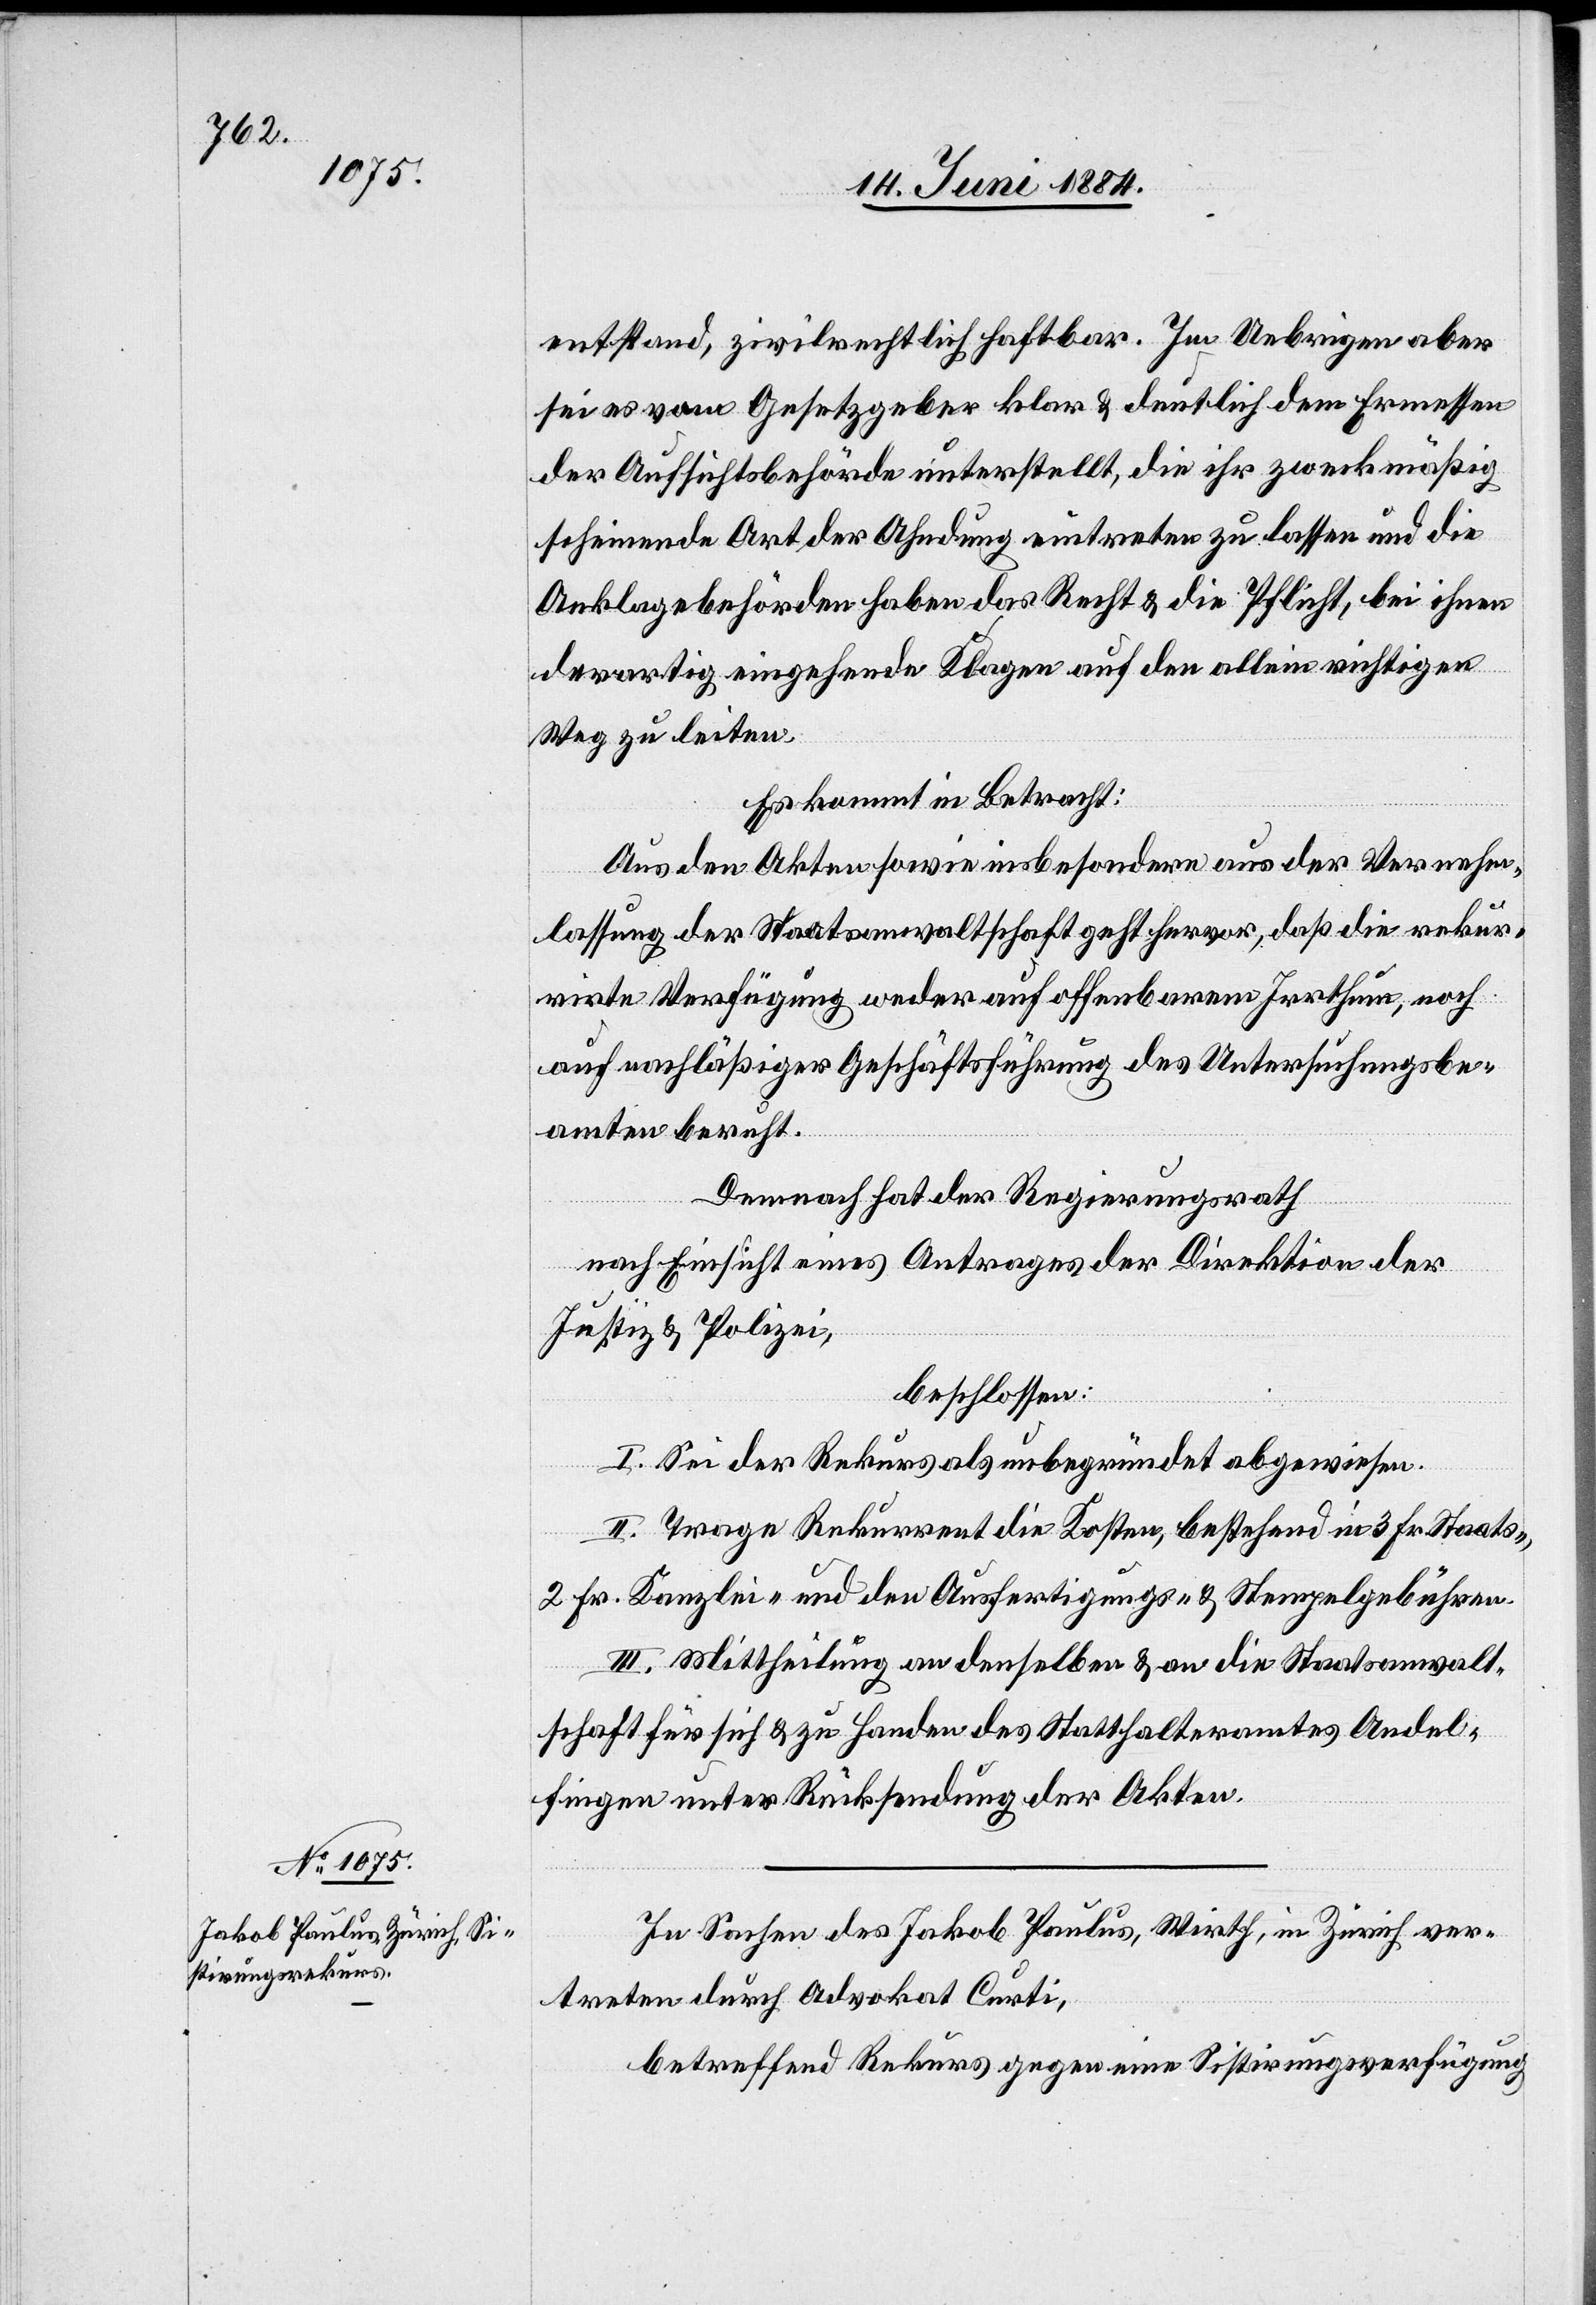
entstand, zivilrechtlich haftbar. Im Uebrigen aber
sei es vom Gesetzgeber klar & deutlich dem Ermessen
der Aufsichtsbehörde unterstellt, die ihr zweckmäßig
scheinende Art der Ahndung eintreten zu lassen und die
Anklagebehörden haben das Recht & die Pflicht, bei ihnen
derartig eingehende Klagen auf den allein richtigen
Weg zu leiten.
Es kommt in Betracht:
Aus den Akten sowie insbesondere aus der Vernehm¬
lassung der Staatsanwaltschaft geht hervor, daß die rekur¬
rirte Verfügung weder auf offenbarem Irrthum, noch
auf nachläßiger Geschäftsführung des Untersuchungsbe¬
amten beruft.
Demnach hat der Regierungsrath
nach Einsicht eines Antrage der Direktion der
Justiz & Polizei,
beschlossen:
I. Sei der Rekurs als unbegründet abgewiesen.
II. Trage Rekurrent die Kosten, bestehend in 3 Fr. Staats-,
2 Fr. Kanzlei- und den Ausfertigungs- & Stempelgebühren.
III. Mittheilung an denselben & an die Staatsanwalt¬
schaft für sich & zu Handen des Statthalteramtes Andel¬
fingen unter Rücksendung der Akten.
In Sachen des Jakob Paulus, Wirth, in Zürich ver¬
treten durch Advokat Curti,
betreffend Rekurs gegen eine Sistirungsverfügung